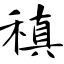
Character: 稹